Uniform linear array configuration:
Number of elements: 32
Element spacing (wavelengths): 1
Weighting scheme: cosine
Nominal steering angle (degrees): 15
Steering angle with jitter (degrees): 14.595
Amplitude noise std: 0.05
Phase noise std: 0.05

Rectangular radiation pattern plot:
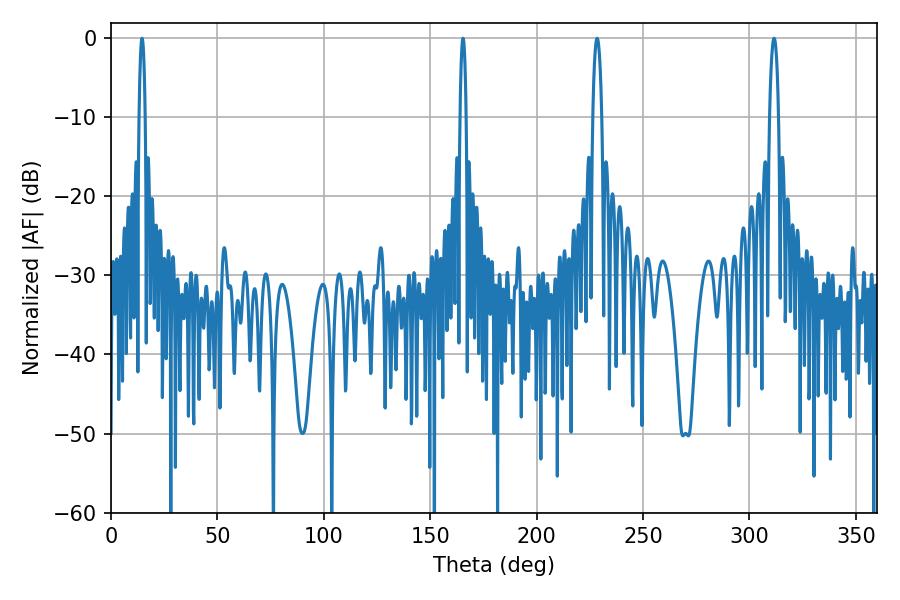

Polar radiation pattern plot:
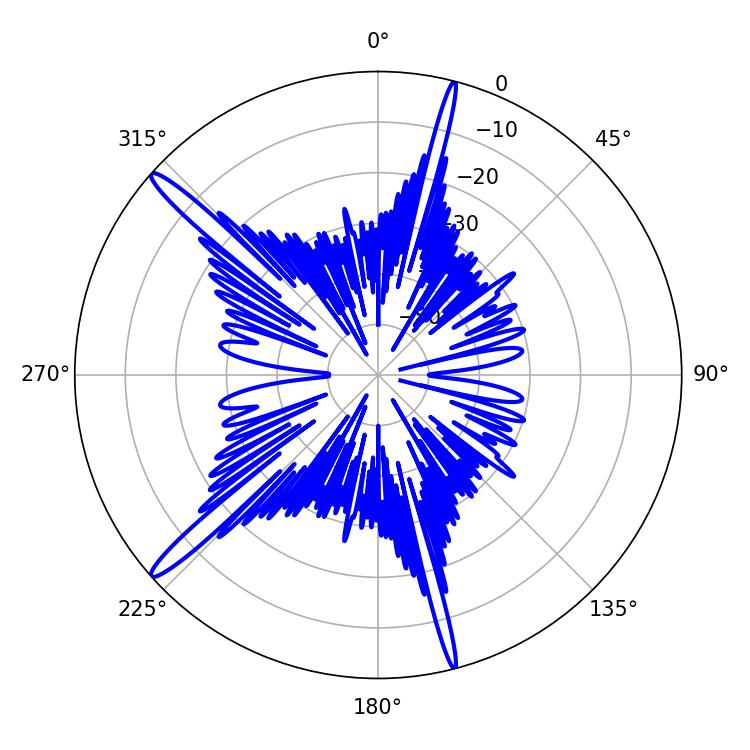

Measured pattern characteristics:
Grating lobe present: TRUE
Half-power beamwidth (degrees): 2.34
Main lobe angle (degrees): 228.42